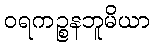
ဝရကဉ္စနဘူမိယာ